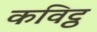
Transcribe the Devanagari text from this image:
कविट्ठ